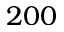
2 0 0